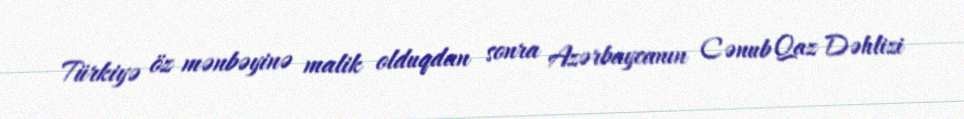
Türkiyə öz mənbəyinə malik olduqdan sonra Azərbaycanın Cənub Qaz Dəhlizi